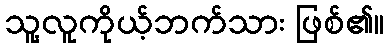
သူ့လူကိုယ့်ဘက်သား ဖြစ်၏။